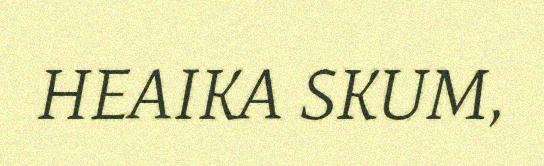
HEAIKA SKUM,